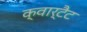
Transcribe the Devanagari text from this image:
क्वार्टैट